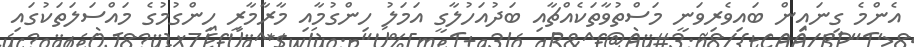
އެންމެ ގިނައިން ބައިވެރިވަނީ މަސްތުވާތަކެއްޗާއި ބަދުއަހުލާގީ އަމަލު ހިންގުމާއި މާރާމާރީ ހިންގުމުގެ މައްސަލަތަކުގައި